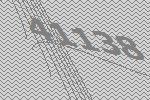
41138